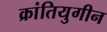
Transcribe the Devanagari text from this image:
क्रांतियुगीन